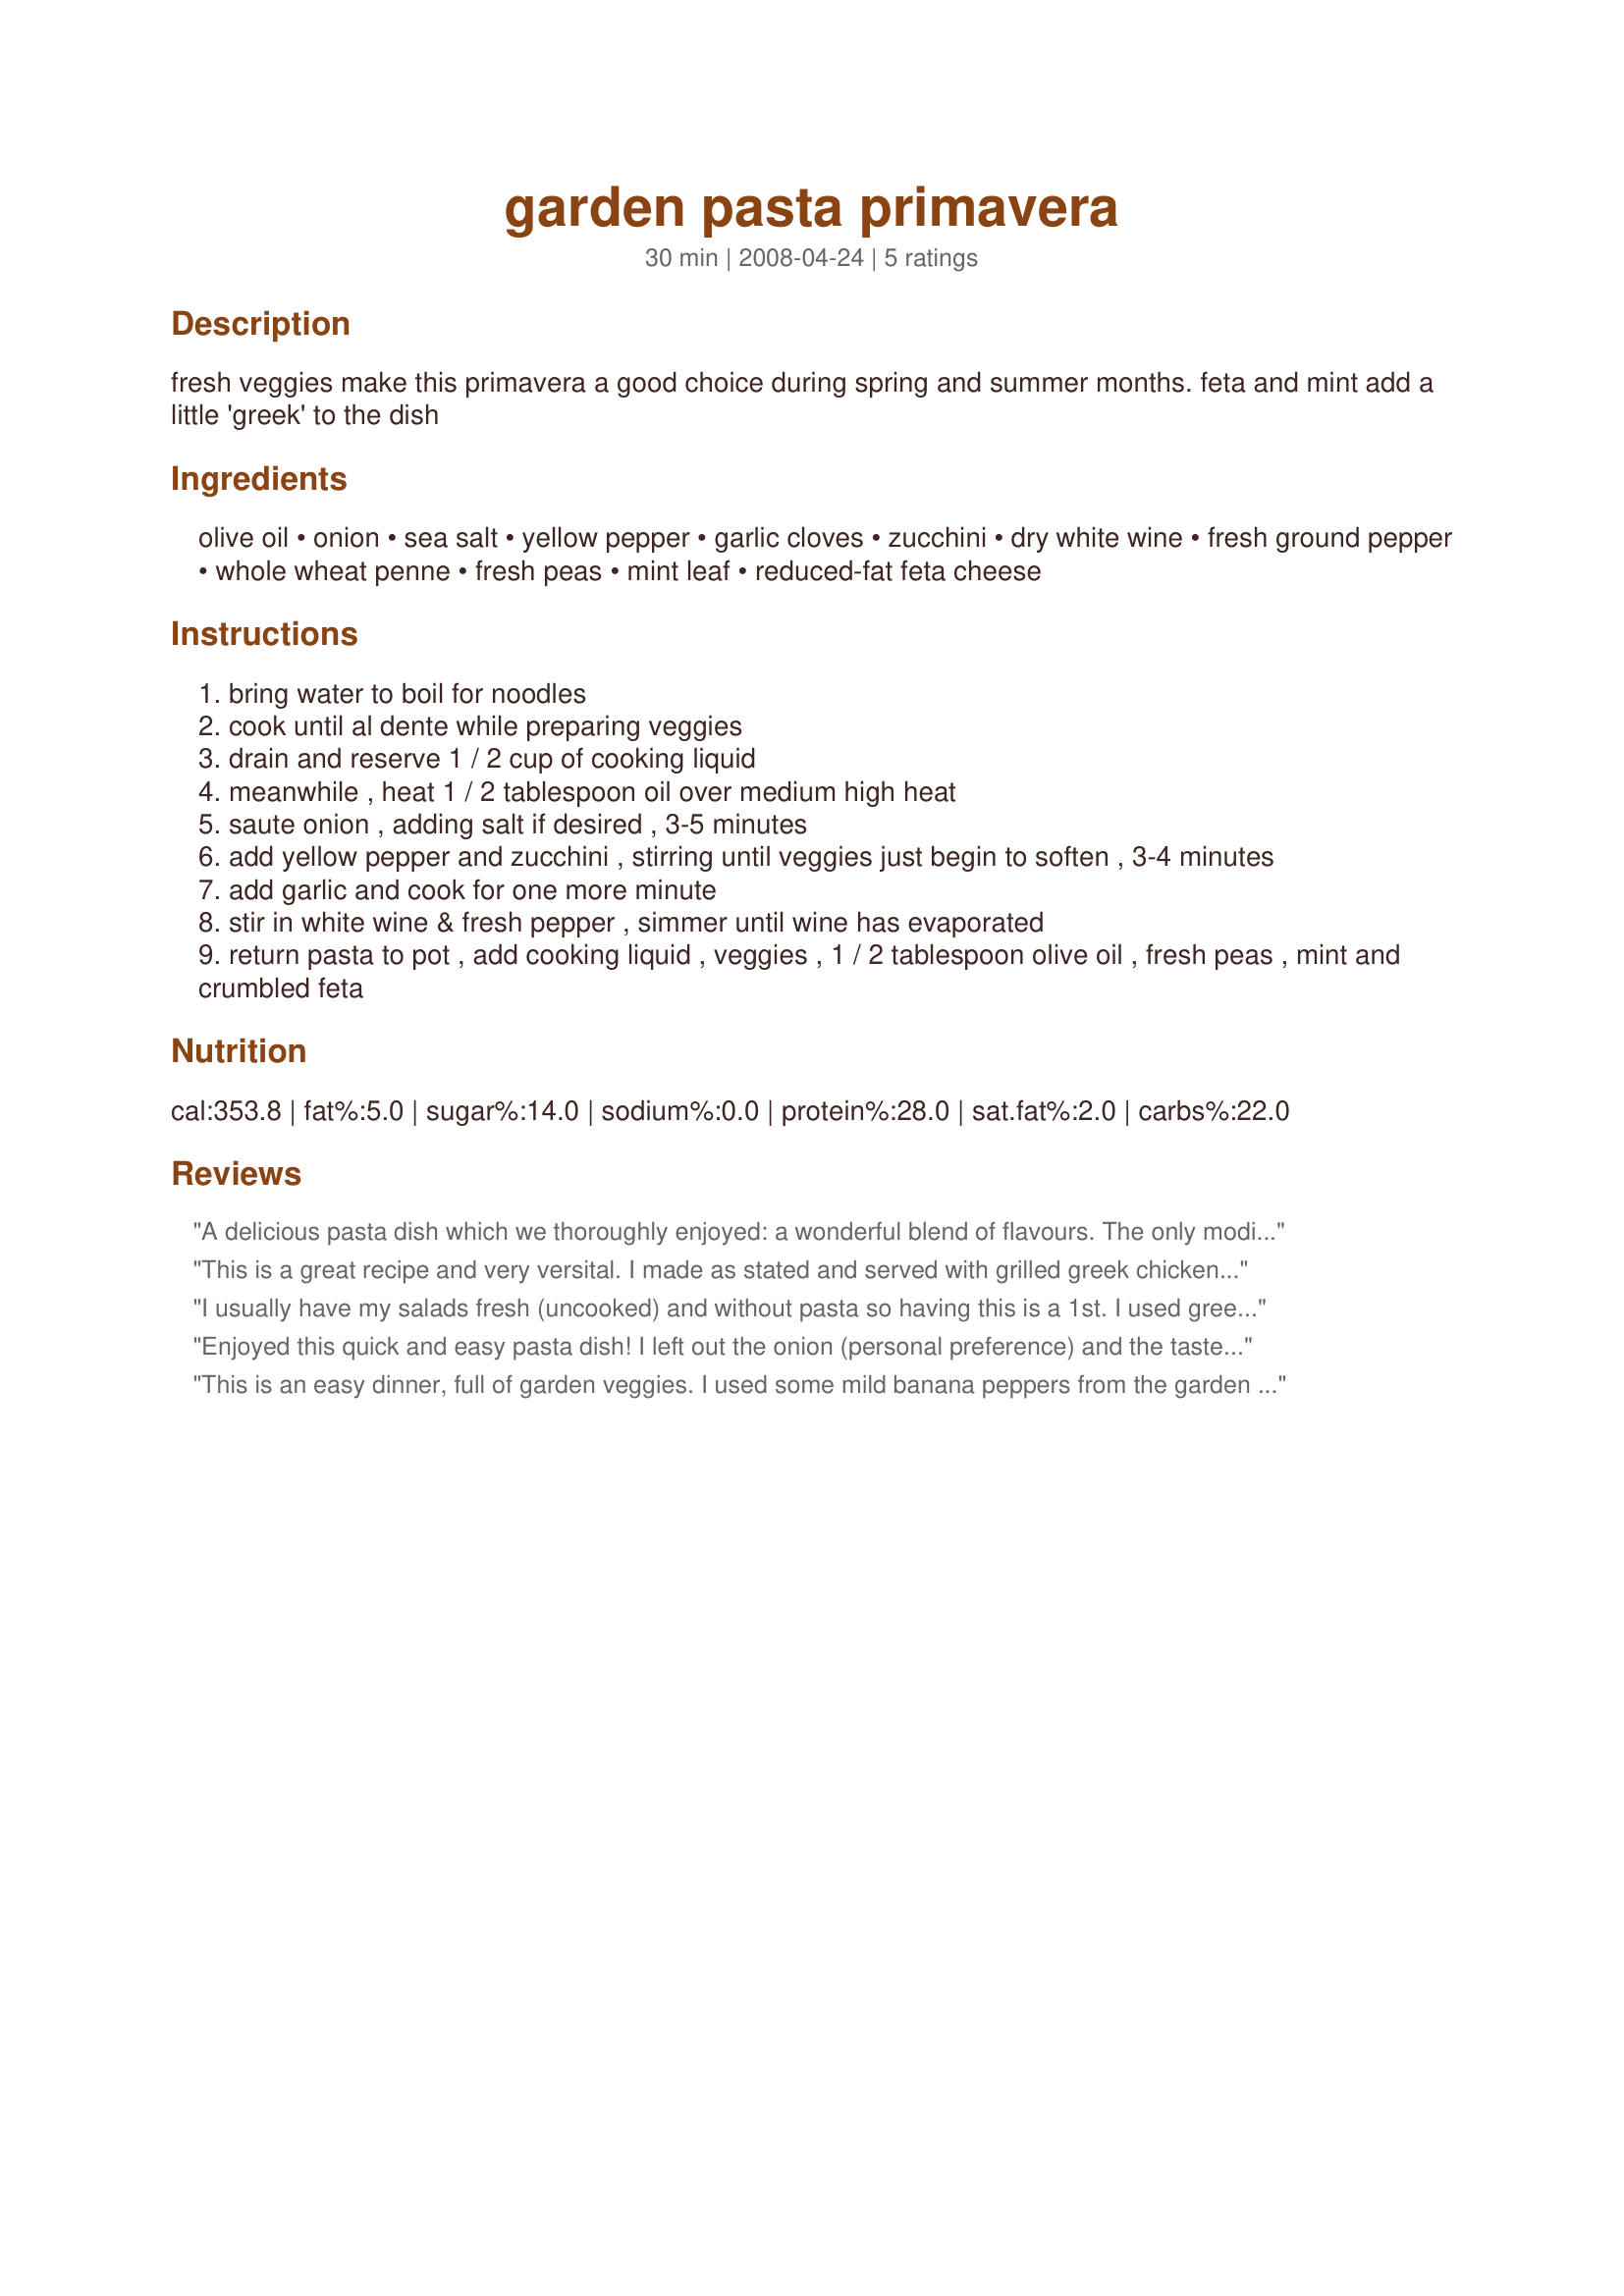
garden pasta primavera
Preparation time: 30 minutes

fresh veggies make this primavera a good choice during spring and summer months. feta and mint add a little 'greek' to the dish

Ingredients:
olive oil, onion, sea salt, yellow pepper, garlic cloves, zucchini, dry white wine, fresh ground pepper, whole wheat penne, fresh peas, mint leaf, reduced-fat feta cheese

Steps:
bring water to boil for noodles
cook until al dente while preparing veggies
drain and reserve 1 / 2 cup of cooking liquid
meanwhile , heat 1 / 2 tablespoon oil over medium high heat
saute onion , adding salt if desired , 3-5 minutes
add yellow pepper and zucchini , stirring until veggies just begin to soften , 3-4 minutes
add garlic and cook for one more minute
stir in white wine & fresh pepper , simmer until wine has evaporated
return pasta to pot , add cooking liquid , veggies , 1 / 2 tablespoon olive oil , fresh peas , mint and crumbled feta

Reviews:
A delicious pasta dish which we thoroughly enjoyed: a wonderful blend of flavours. The only modifications I made were to add one leek in step 2, to double the garlic and to add a handful of chopped baby spinach leaves in step five. I usually increase garlic in recipes; the other two additions were because I had those ingredients on hand (because I use them all the time)and was wanting to use them in the next day or two. I always do love sneaking in a leek where I can. Loved the wine and feta in this. Great recipe, Brooke, and one I'll be making again in summer. Thank you so much for sharing it. Made for the Please Review My Recipe tag game.
This is a great recipe and very versital. I made as stated and served with grilled greek chicken. Very easy and filling dinner.
I usually have my salads fresh (uncooked) and without pasta so having this is a 1st. I used green pepper here since I didn't have yellow. The blend of flavors were delicious and we find ourselves enjoying this. Thank you!
Enjoyed this quick and easy pasta dish! I left out the onion (personal preference) and the taste was very light and fresh. Served with a salad and focaccia bread, this was a great busy-weeknight meal and I will definitely make it again!
This is an easy dinner, full of garden veggies. I used some mild banana peppers from the garden instead of a yellow pepper, and rotini instead of penne pasta. The veggies and herbs had been picked right before the dinner was assembled, so I'm sure that helped this dish shine so much. Fantastic combination, Brooke! Thank you!
